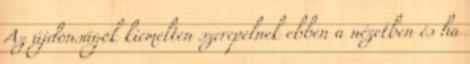
Az újdonságok kiemelten szerepelnek ebben a nézetben és ha